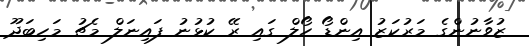
ޒުވާނުންގެ މަރުކަޒު އިންޑޯ ހޯލް ގައި ރޭ ކުޅުނު ފައިނަލް މެޗު މަހިބަދޫ